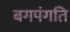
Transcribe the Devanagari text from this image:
बगपंगति